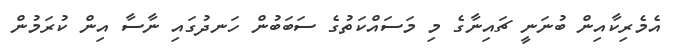
އެމެރިކާއިން ބުނަނީ ޗައިނާގެ މި މަސައްކަތުގެ ސަބަބުން ހަނދުގައި ނާސާ އިން ކުރަމުން